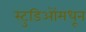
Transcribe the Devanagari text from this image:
स्टुडिओंमधून